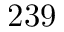
2 3 9